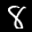
Label: 8